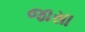
જાસા